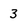
Character: 3